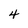
Character: 4